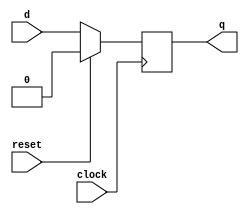
module D_FLIP_FLOP(
    q, d, clock, reset
);
    output q;
    input d, clock, reset;

    always @ (posedge clock)
    begin
        if (reset) q <= 0;
        else q <= d;
    end
endmodule